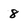
Character: 8